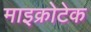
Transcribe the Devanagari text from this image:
माइक्रोटेक